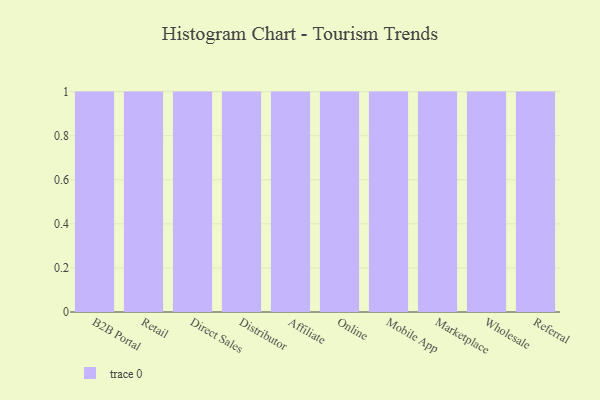
{"axis": {"x": "Channel", "y": "Backlog"}, "legend": [""], "data": [{"x": "B2B Portal", "y": 29, "type": ""}, {"x": "Retail", "y": 51, "type": ""}, {"x": "Direct Sales", "y": 81, "type": ""}, {"x": "Distributor", "y": 94, "type": ""}, {"x": "Affiliate", "y": 35, "type": ""}, {"x": "Online", "y": 92, "type": ""}, {"x": "Mobile App", "y": 78, "type": ""}, {"x": "Marketplace", "y": 22, "type": ""}, {"x": "Wholesale", "y": 29, "type": ""}, {"x": "Referral", "y": 14, "type": ""}]}